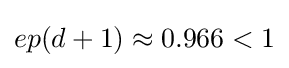
ep(d+1)\approx 0.966<1